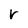
Character: r